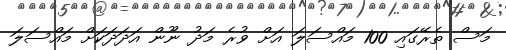
މަސް ތެރޭގައި 100 މައްސަލަ އަށް ވުރެ މަދު ނޫން އަދަދަކަށް މައްސަލަ